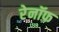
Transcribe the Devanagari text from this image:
रेनॉफ